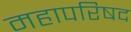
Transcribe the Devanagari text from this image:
महापरिषद